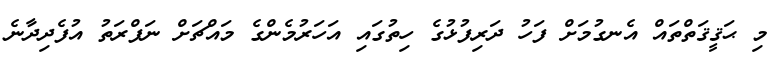
މި ޙަޤީޤަތްތައް އެނގުމަށް ފަހު ދަރިފުޅުގެ ހިތުގައި އަހަރުމެންގެ މައްޗަށް ނަފްރަތު އުފެދިދާނެ